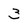
Character: 3